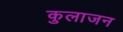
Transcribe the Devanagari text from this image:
कुलाजन